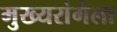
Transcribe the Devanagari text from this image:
मुख्यरांगेला